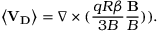
\left\langle \mathbf { V _ { D } } \right\rangle = \nabla \times ( \frac { q R \beta } { 3 B } \frac { \mathbf { B } } { B } ) ) .